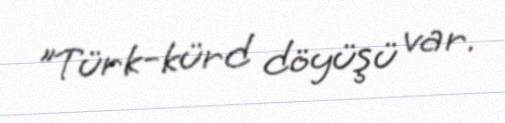
"Türk-kürd döyüşü var.